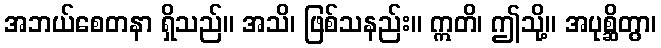
အဘယ်စေတနာ ရှိသည်။ အသိ၊ ဖြစ်သနည်း။ ဣတိ၊ ဤသို့။ အပုစ္ဆိတွာ၊